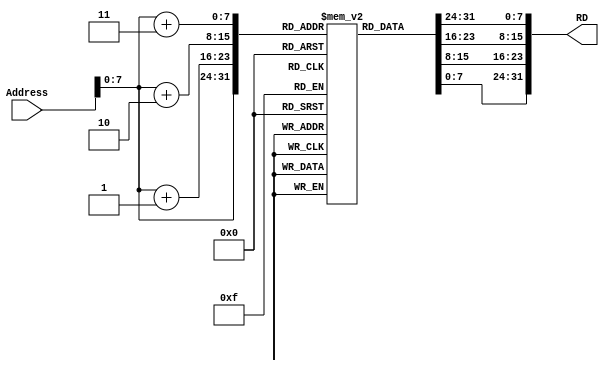
//Mustafa Destegl
//2109973


module Inst_Mem(Address, RD);
	input [31:0] Address;
	output reg [31:0] RD;
	
	reg [7:0] Memory [0:255];
	
	
	integer i;	
	
	initial begin		// initializing memory for debug purposes														
		{Memory[3],Memory[2],Memory[1],Memory[0]} = 		32'b11100100000100010000000000000000;  	//LDR R0,[R1,#0]
		{Memory[7],Memory[6],Memory[5],Memory[4]} = 		32'b11100100000100100001000000000001;  	//LDR R1,[R2,#1]																						
		{Memory[11],Memory[10],Memory[9],Memory[8]}   = 32'b11100001010000000011000000000001;	   //CMP r3,r0,r1
		{Memory[15],Memory[14],Memory[13],Memory[12]} = 32'b00000000010000000000000000000001;		//SUBEQ R0,R0,R1
		{Memory[19],Memory[18],Memory[17],Memory[16]} = 32'b11100000100000000011000000000001;		//ADD r3,r0,r1
		{Memory[23],Memory[22],Memory[21],Memory[20]} = 32'b11100010011000010100000000000001;		//LSL R4,R1,#1 
		{Memory[27],Memory[26],Memory[25],Memory[24]} = 32'b11100010001000010100000000000001;		//LSR R4,R1,#1
		{Memory[31],Memory[30],Memory[29],Memory[28]} = 32'b11100000000001000011000000000001;		//AND R3,R4,R1
		{Memory[35],Memory[34],Memory[33],Memory[32]} = 32'b11100001100001000100000000000000;		//ORR R4,R4,R0
		{Memory[39],Memory[38],Memory[37],Memory[36]} = 32'b11100000010001000100000000000000;		//SUB R4,R4,R0
		{Memory[43],Memory[42],Memory[41],Memory[40]} = 32'b11100100000000100100000000000000;     //STR R4,[R2,#0]
		
		
		for(i=44; i<256; i= i+1) begin
			Memory[i] = 0;
		end
	end
	
	always @(Address)
	begin
		RD = {Memory[Address+3],Memory[Address+2],Memory[Address+1],Memory[Address]};
	end

endmodule